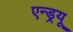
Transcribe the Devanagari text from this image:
एन्‍ड्रयू